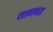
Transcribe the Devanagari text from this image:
दशमानात